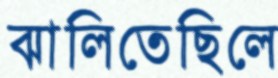
ঝালিতেছিলে